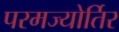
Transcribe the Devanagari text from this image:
परमज्‍योर्तिर